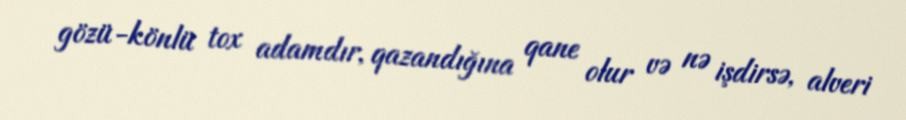
gözü-könlü tox adamdır, qazandığına qane olur və nə işdirsə, alveri